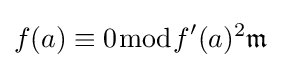
f(a)\equiv 0{\bmod {f}}'(a)^{2}{\mathfrak {m}}